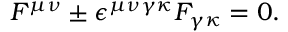
F ^ { \mu \nu } \pm \epsilon ^ { \mu \nu \gamma \kappa } F _ { \gamma \kappa } = 0 .